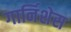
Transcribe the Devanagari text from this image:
गार्निशेस